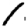
Digit: 1